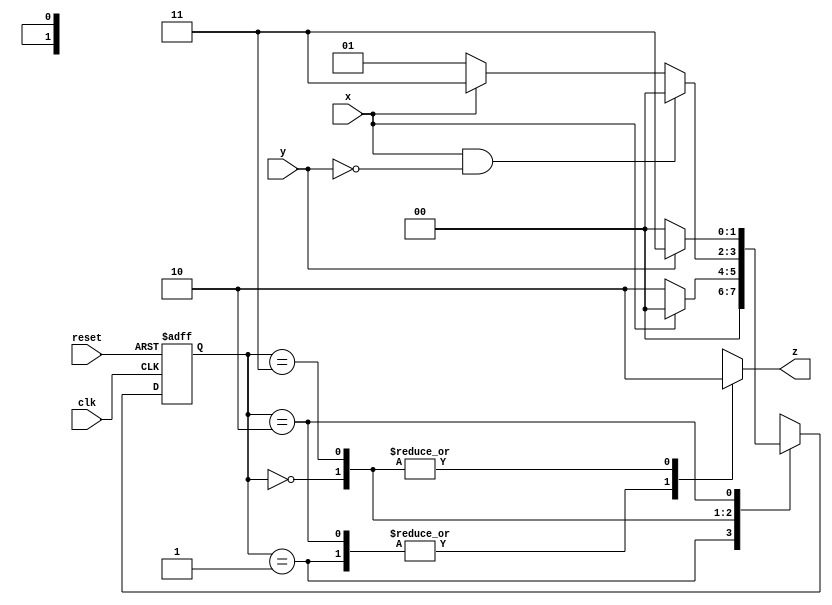
`timescale 1ns / 1ps
//////////////////////////////////////////////////////////////////////////////////
// Student: Tawseef Patel 101145333
// 
// Design Name: Assigment 2 Q1
// Module Name: ass2_q1
// Project Name: Assignment 2
//
//////////////////////////////////////////////////////////////////////////////////

module ass2_q1 (
    input x, y, clk, reset,
    output reg z
);

reg [1:0] current_state, next_state;
parameter S00 = 0, S01 = 1, S10 = 2, S11 = 3;

  always @(current_state or x or y) begin
    case(current_state)
      S01 :                  next_state = S00; 
      
      S00 :   if(!x)         next_state = S10;  
              else           next_state = S00; 
      
      S11 :   if(x & !y)     next_state = S00; 
              else if(!x)    next_state = S01;
              else           next_state = S11; // includes x=1,y=1
      
      S10 :   if(!y)         next_state = S00;  
              else           next_state = S11;
            
      default : next_state = S00;
    endcase 
  end
  
  always @(posedge clk or negedge reset) begin
    if (!reset)
      current_state <= S00;
    else
      current_state <= next_state;
  end
  
  always @(current_state) begin
    case (current_state)
      S00 : z = 0;
      S01 : z = 1;
      S10 : z = 1;
      S11 : z = 0; 

      default : z = 0;
    endcase
  end

endmodule